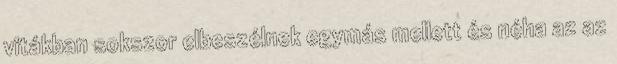
vitákban sokszor elbeszélnek egymás mellett és néha az az